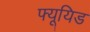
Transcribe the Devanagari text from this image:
फ्यूयिड